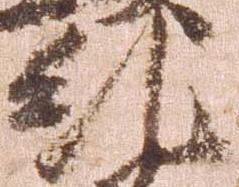
糺